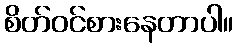
စိတ်ဝင်စားနေတာပါ။